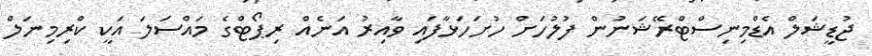
ޖުޑީޝަލް އެޑްމިނިސްޓްރޭޝަނުން ފުލުހަށް ހުށަހަޅާފައި ވާއިރު އަނެއް ރިޕޯޓްގެ މައްސަލަ އަކީ ކްރިމިނަލް